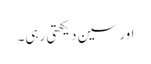
اور سین دیکھتی رہی۔